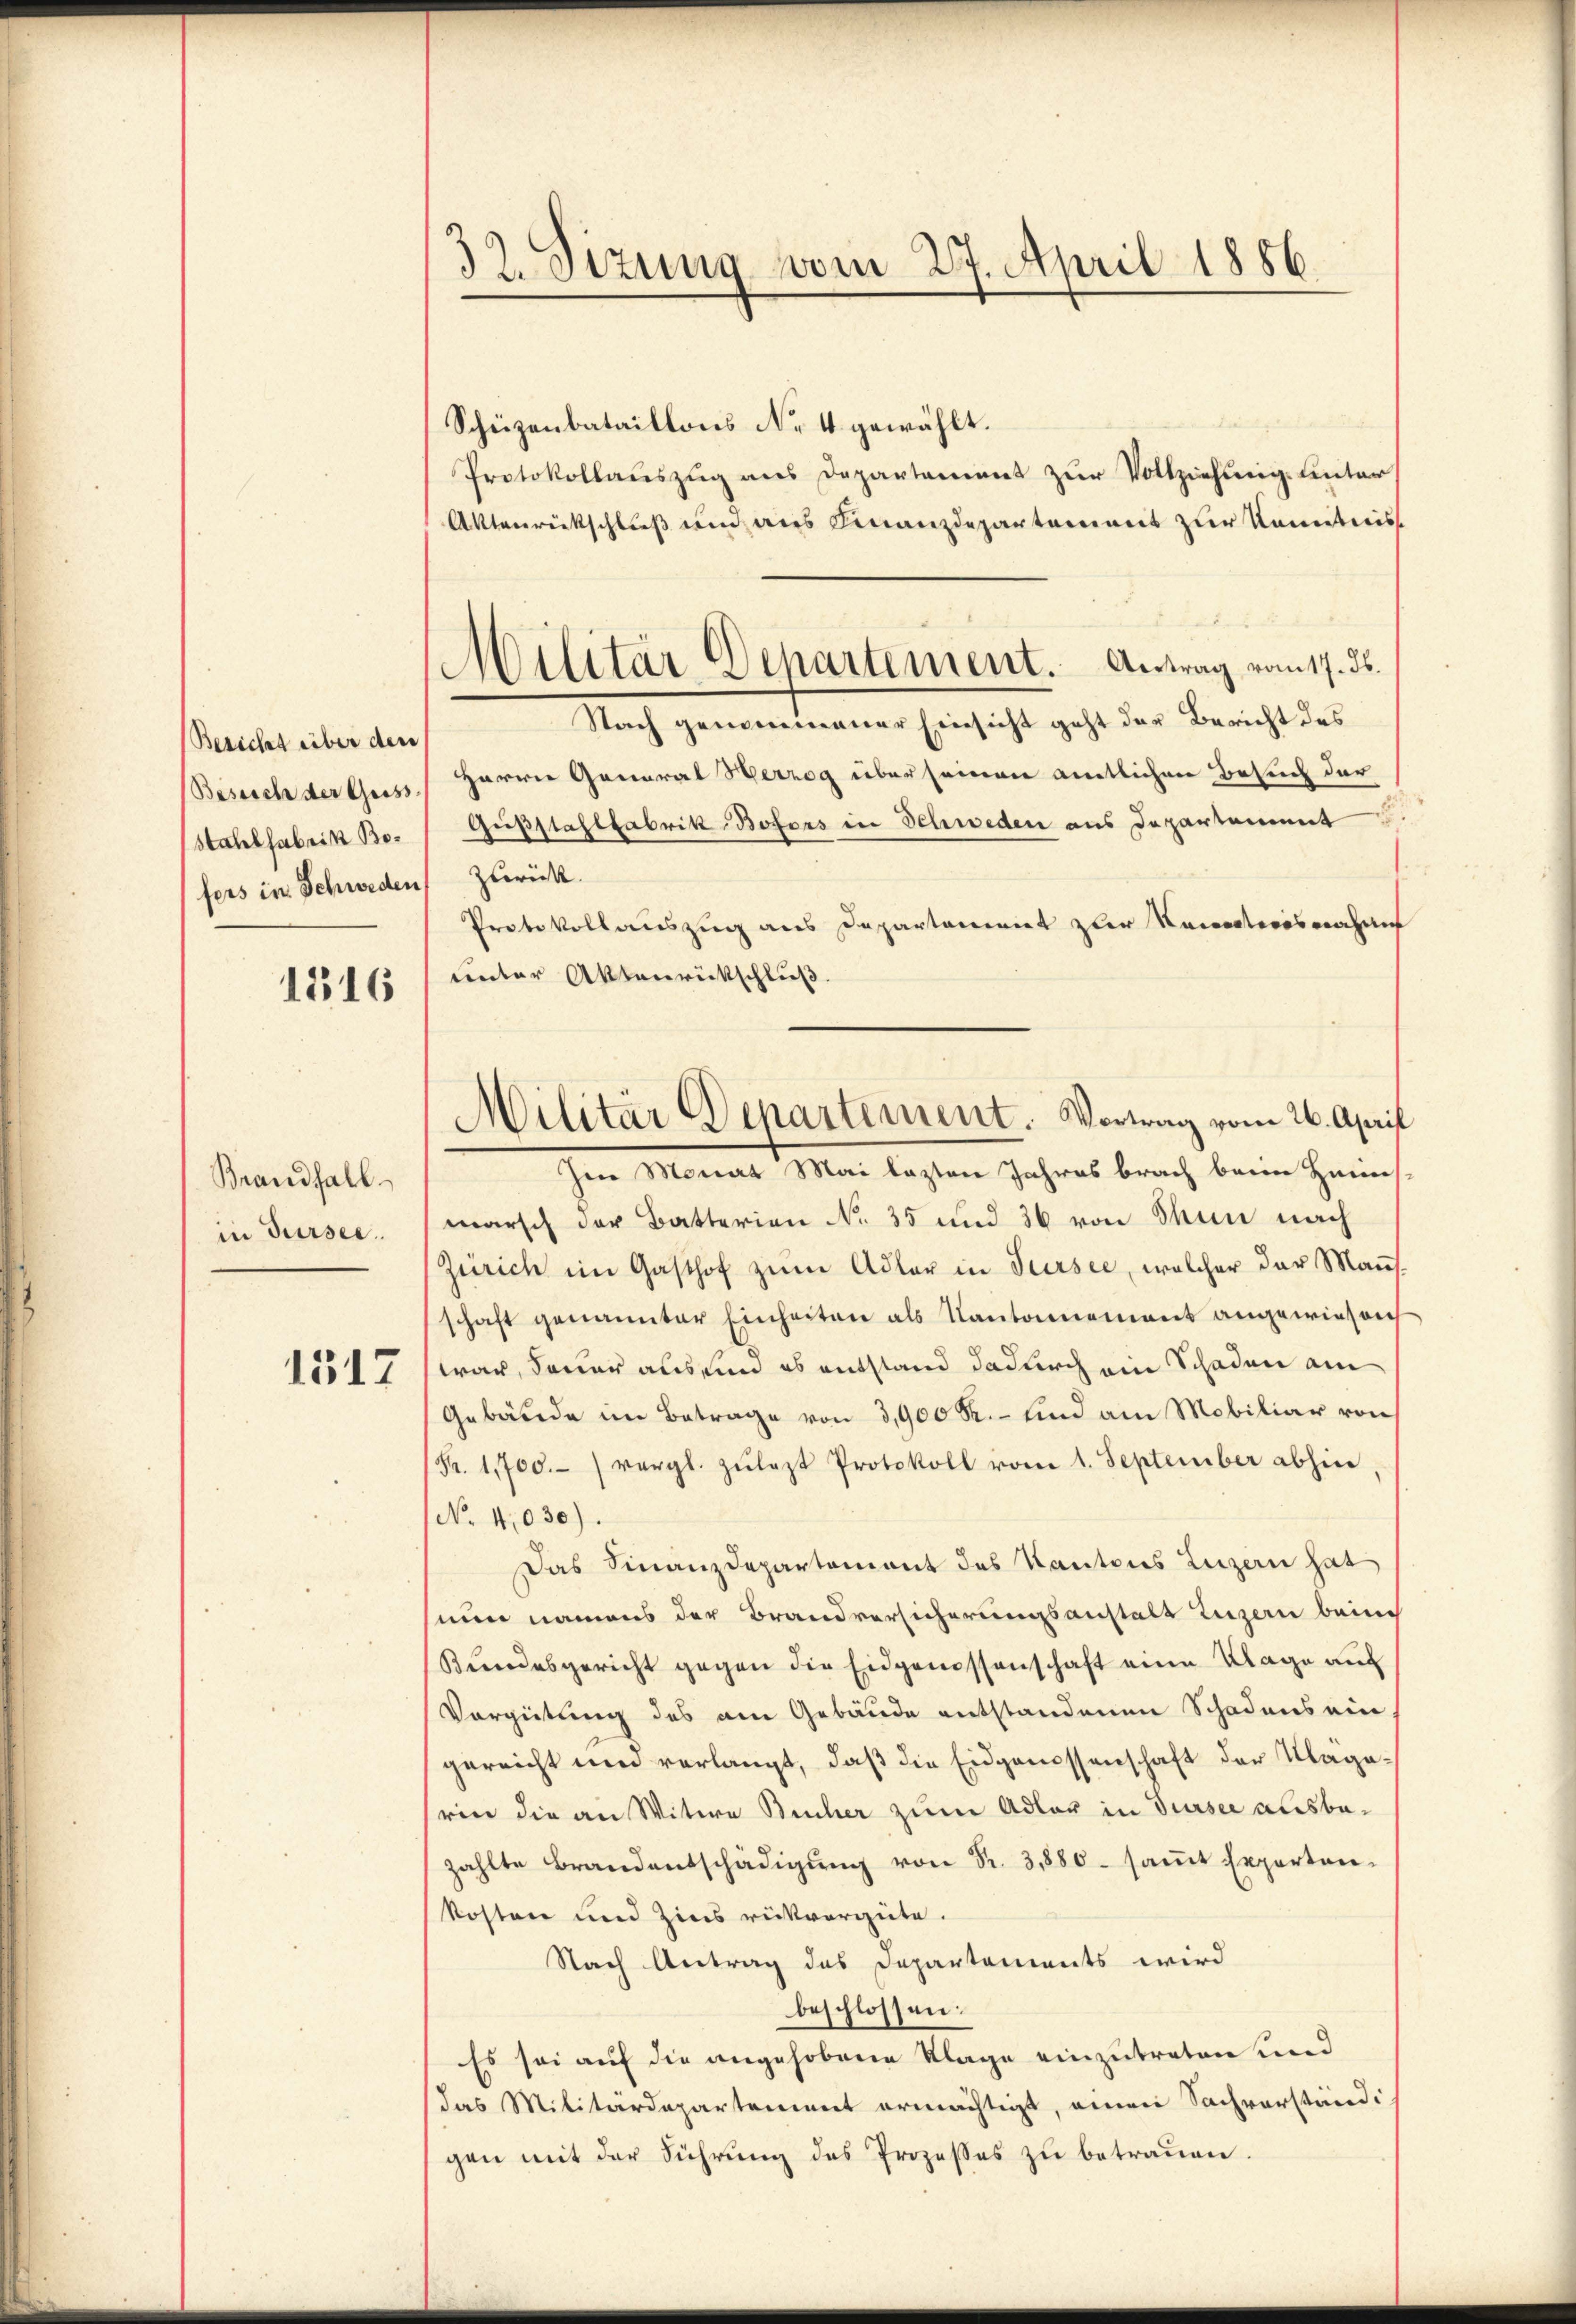
Bericht über den
Besuch der Geiss
Stahlsabrik Bofers in Schweden

1316

Brandfall
in Sursee.
1517

32. Sizung vom 27. April 1886.

Militär Departement. Antrag vom 17. ds.

Scheizenbataillons No 4 gewählt.
Protokollauszug aus Departement zur Vollziehung unter¬
Aktenrückschluß um aus Finanzdepartement zur Kenntnis
Nach genommener Einsicht geht der Bericht des
Harrer General Herzog über seinen amtlichen Besuch der
Gußstallfabrik Bofers in Schweden aus Departament
zurück.
Protokollauszug aus Departement zur Kenntnisnahme
unter Aktenrückschluß.
Im Monat Mai lezten Jahres brach beim Heinmarsch der Batterien No 35 und 36 von Thun nach
Zürich im Gasthof zum Adler in Sursee, welcher der Mannsschaft genannter Einheiten als Kantonnement angewiesen
war, dener aus und es entstand dadurch ein Schaden am
Gebäude im Betrage von 3,900 R. - und am Mobiliar von
(Fr. 1,700.-) vergl. zŭlazt Protokoll vom 1. September abhin
No 4,030).
Das Finanzdepartement des Kantons Luzern hat
nun namens der Brandversicherungsanstalt Luzern beim
Bundesgericht gegen die Eidgenossenschaft eine Klage auf
Vergütung des am Gebäude entstandenen Schadens ein
gereicht und verlangt, daß die Eidgenossenschaft der Klagerin die an Witwe Bücher zum Adler in Tursee ausbazahlte Brandentschädigŭng von Fr. 31880 saṁt Exporten-
kosten und Zins rückvergüte.
Nach Antrag des Departements wird
beschlossen:
Es sei auf die angehobene Klage einzutreten und
das Militärdepartement ermächtigt, einen Sachverständ
gen mit der Führung des Prozesses zu betrauen.

Militär Departement. Vortrag vom 26. April